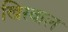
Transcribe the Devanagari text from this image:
खिरवाल